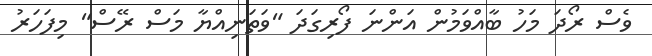
ވެސް ރޯދަ މަހު ބާއްވަމުން އަންނަ ފޯރިގަދަ "ވަތަނިއްޔާ މަސް ރޭސް" މިފަހަރު